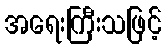
အရေးကြီးသဖြင့်